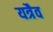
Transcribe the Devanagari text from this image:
यत्रैव